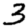
Digit: 3